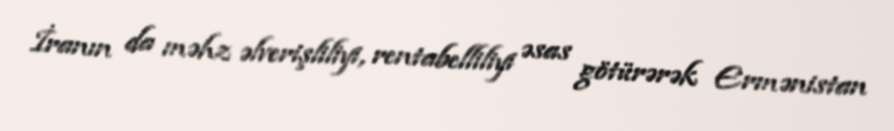
İranın da məhz əlverişliliyi, rentabelliliyi əsas götürərək Ermənistan